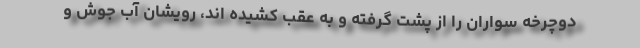
دوچرخه سواران را از پشت گرفته و به عقب کشیده اند، رویشان آب جوش و